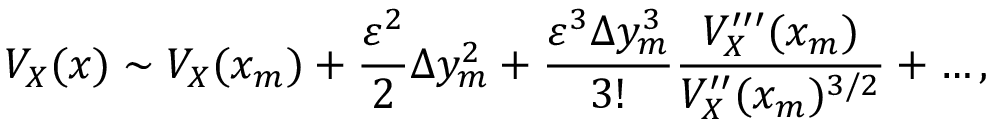
V _ { X } ( x ) \sim V _ { X } ( x _ { m } ) + \frac { \varepsilon ^ { 2 } } { 2 } \Delta y _ { m } ^ { 2 } + \frac { \varepsilon ^ { 3 } \Delta y _ { m } ^ { 3 } } { 3 ! } \frac { V _ { X } ^ { \prime \prime \prime } ( x _ { m } ) } { V _ { X } ^ { \prime \prime } ( x _ { m } ) ^ { 3 / 2 } } + \ldots ,